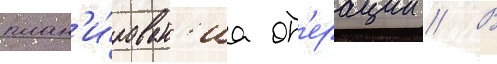
план'и́рован'иа оп'ерации // В